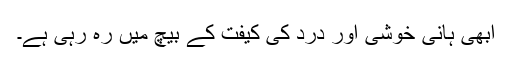
ابھی ہانی خوشی اور درد کی کیفت کے بیچ میں رہ رہی ہے۔